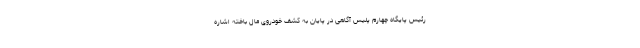
رئیس پایگاه چهارم پلیس آگاهی در پایان به کشف خودروی مال باخته اشاره